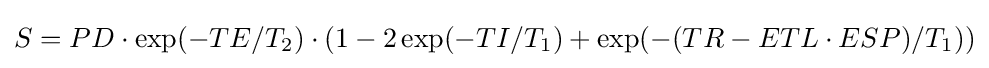
S=PD\cdot \exp(-TE/T_{2})\cdot (1-2\exp(-TI/T_{1})+\exp(-(TR-ETL\cdot ESP)/T_{1}))